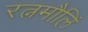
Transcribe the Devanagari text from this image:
रत्नमौलिं